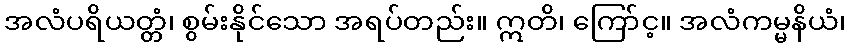
အလံပရိယတ္တံ၊ စွမ်းနိုင်သော အရပ်တည်း။ ဣတိ၊ ကြော်င့။ အလံကမ္မနိယံ၊